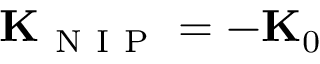
{ \bf K } _ { \mathrm { ~ N ~ I ~ P ~ } } = - { \bf K } _ { 0 }